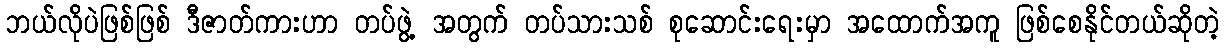
ဘယ်လိုပဲဖြစ်ဖြစ် ဒီဇာတ်ကားဟာ တပ်ဖွဲ့ အတွက် တပ်သားသစ် စုဆောင်းရေးမှာ အထောက်အကူ ဖြစ်စေနိုင်တယ်ဆိုတဲ့